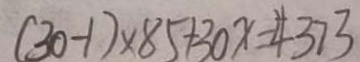
( 3 0 - 1 ) \times 8 5 + 3 0 x = 4 3 7 3